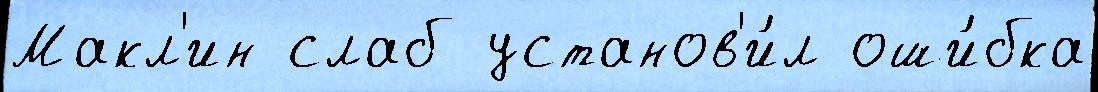
Макл'ин слаб установ'и́л оши́бка